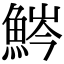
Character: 𩷒